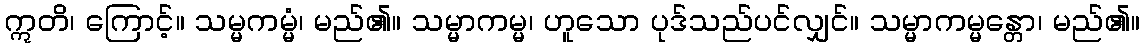
ဣတိ၊ ကြောင့်။ သမ္မကမ္မံ၊ မည်၏။ သမ္မာကမ္မ၊ ဟူသော ပုဒ်သည်ပင်လျှင်။ သမ္မာကမ္မန္တော၊ မည်၏။